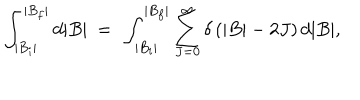
\int _ { | B _ { i } | } ^ { | B _ { f } | } d | B | ~ = ~ \int _ { | B _ { i } | } ^ { | B _ { f } | } \sum _ { J = 0 } ^ { \infty } \delta \left( | B | - 2 J \right) d | B | ,